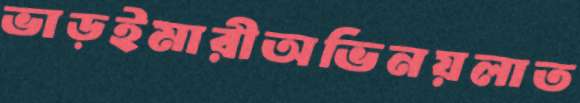
ভাড়ইমারীঅভিনয়লাত